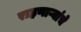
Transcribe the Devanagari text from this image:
राहणाऱ्यांचे